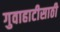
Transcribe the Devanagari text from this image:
गुवाहाटीसाठी